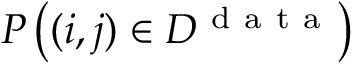
P \left( ( i , j ) \in { \cal D } ^ { \mathrm { ~ d ~ a ~ t ~ a ~ } } \right)